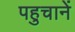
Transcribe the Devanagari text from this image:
पहुचानें